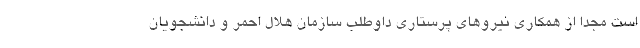
است مجدا از همکاری نیروهای پرستاری داوطلب سازمان هلال احمر و دانشجویان